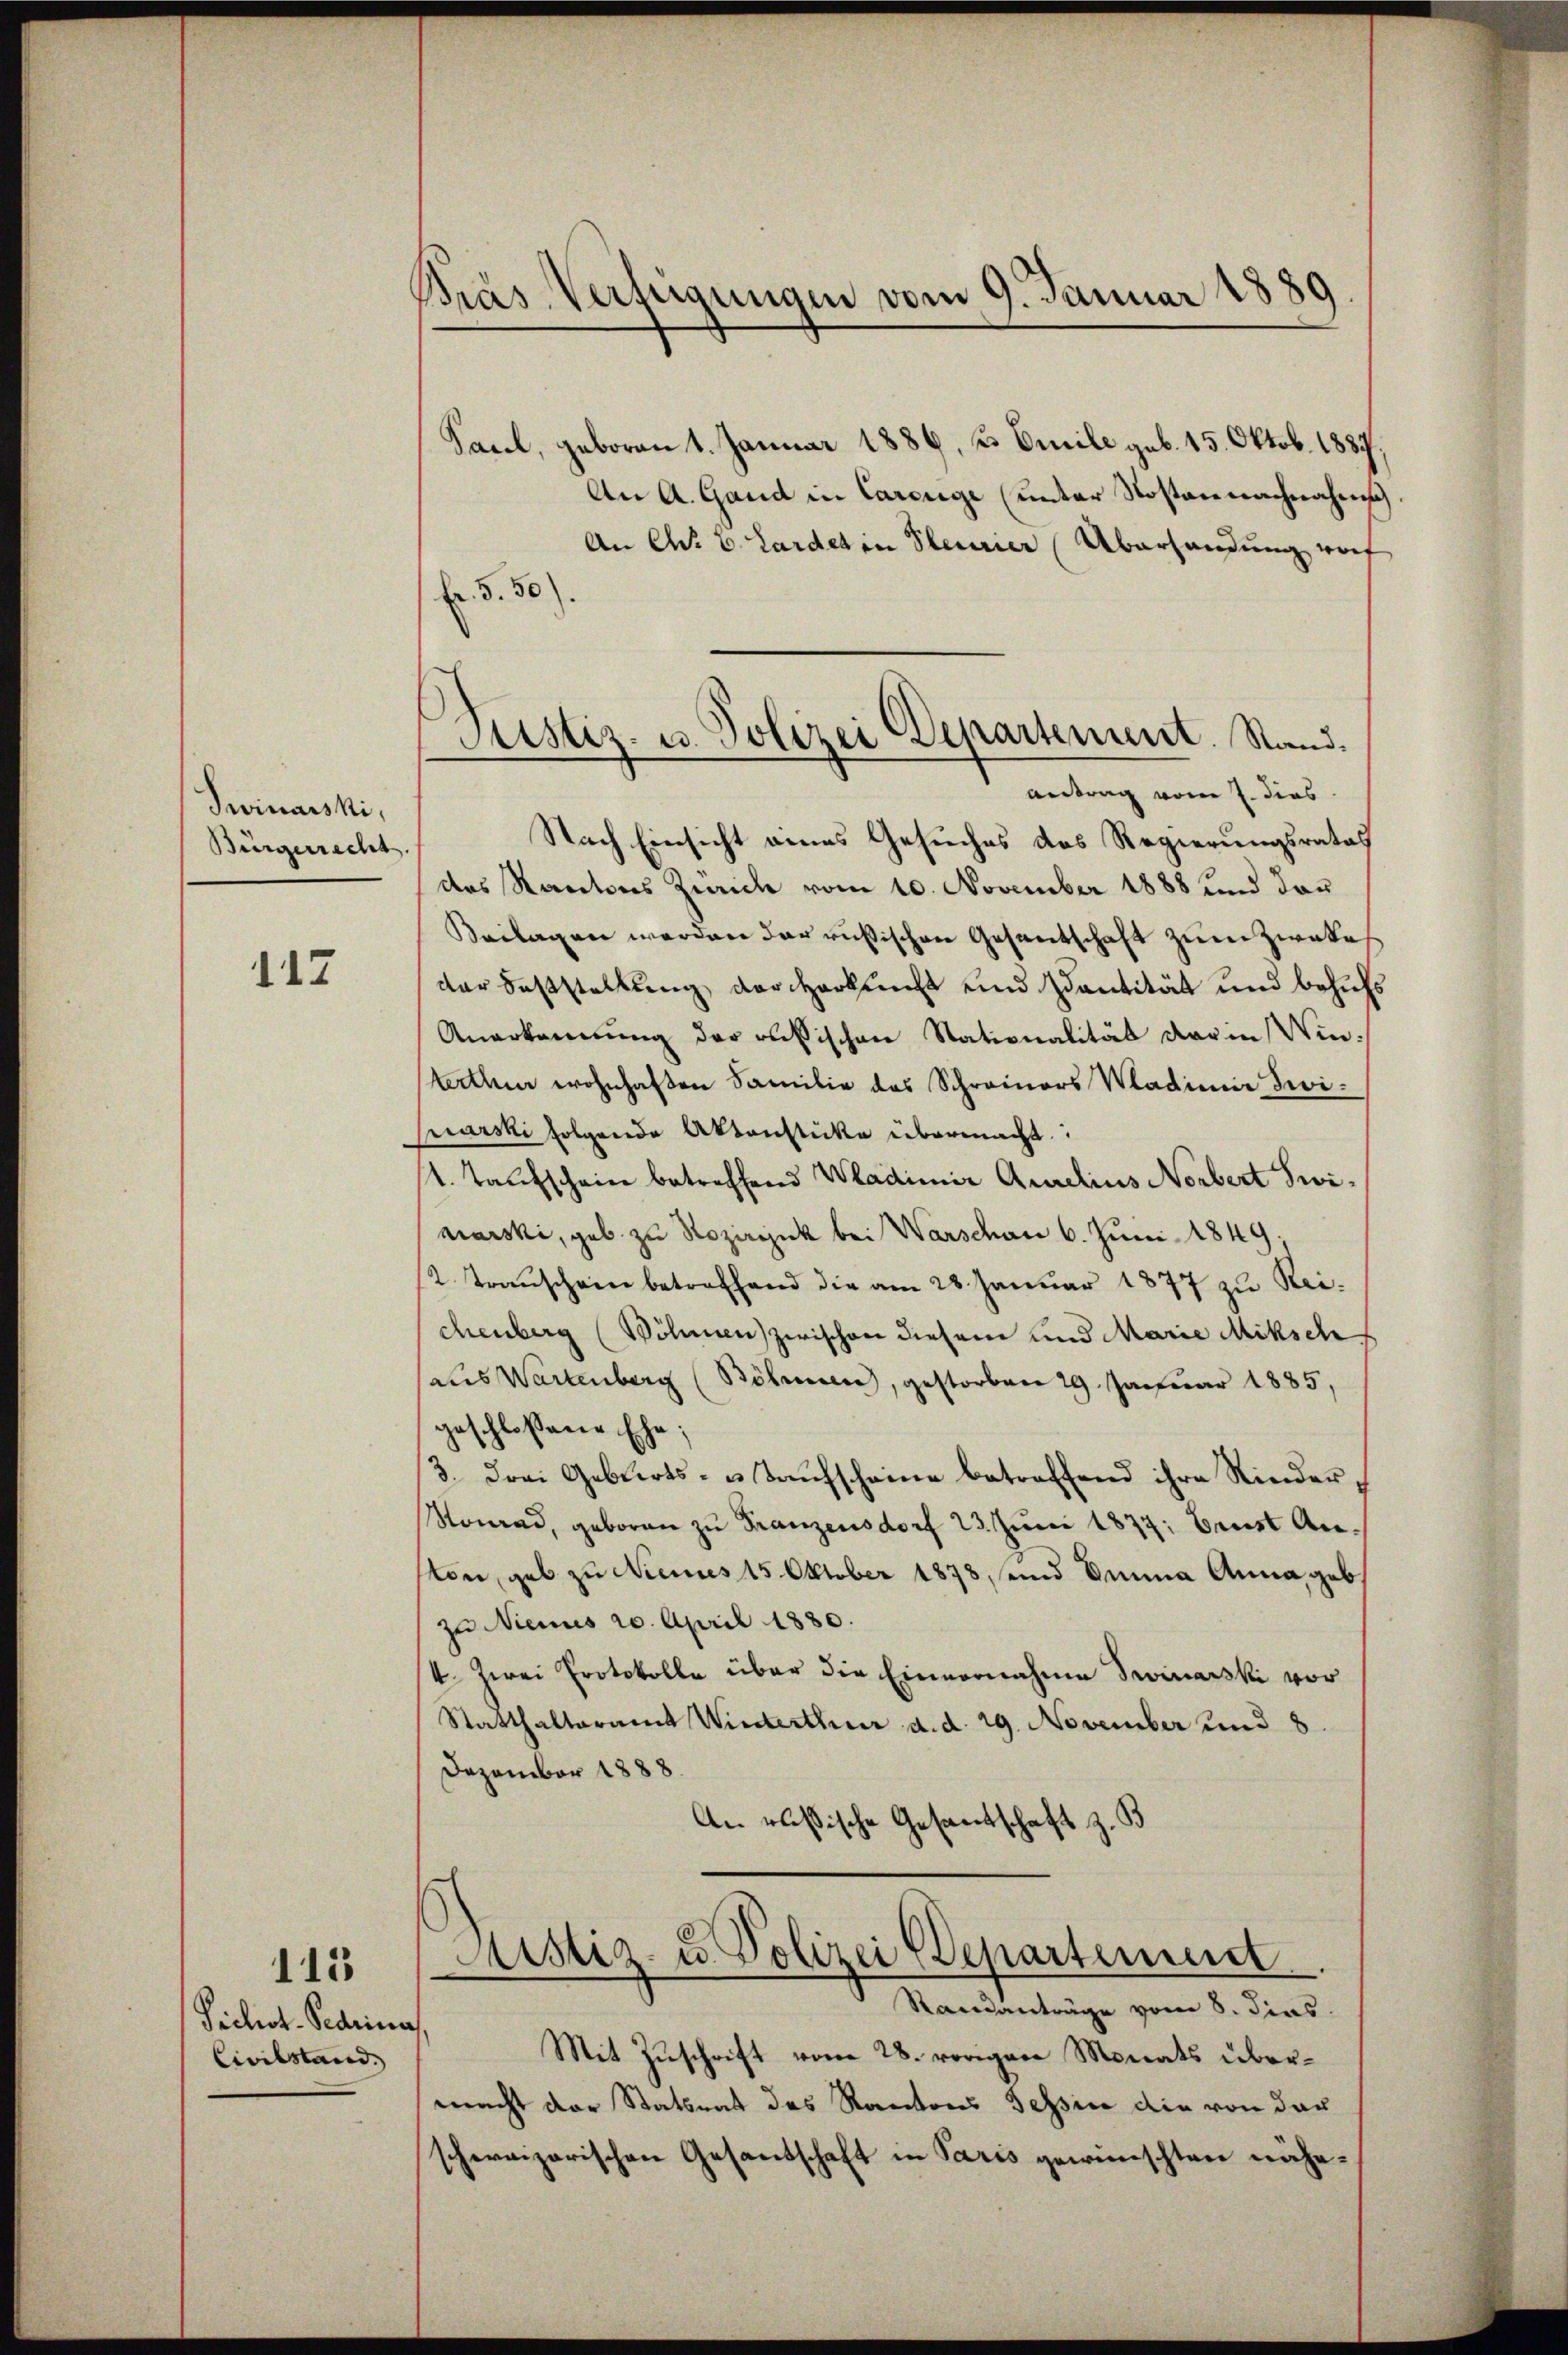
Swinarski,
Bürgerrecht.

112

113

Pichot-Pedring
Civilstand,

Bras Verfeigungen vom 9. Januar 1889.

Pustiz- u. Polizei Departement. Stand.
antrag vom 7. dies

Paul, geboren 1. Januar 1886, u. Emile geb. 15. Oktob. 1887,
An A. Gand in Careuge (unter Rostannachnahms
An Ch. 6. Lardet in Steurer Überhandung worf
Er 5. 50)
Nach Einsicht eines Gesuches des Regierungsrates
das Kantons Zürich vom 10. November 1888 und dan
Beilagen werden der russischen Gesentschaft zum Zweke
der Feststellung der Herbsucht und Quantität und behufs
Anerkennung der oußischen Nationalität darin Winterthen wohnhaften Familie des Schreiners Wladimir zwinarski folgende Aktenstücke übermacht:
1. Taufscheine betreffend Wladimir Aurelins Norbert Swimarski, geb zu Rozirink bei Warschon 6. Juni 1849;
2. Transchein betreffend die am 28. Januar 1877 zu Reichenberg (Wöhnen zwischen diesem und Marie Miksch
saus Wartenberg (Böhmen, gestorben 29. Januar 1885,
geschloßene Ehe;
3. Frei Geburts- u. Taufscheine betreffend ihre Kinder,
Konrad, geboren zŭ Franzensdorf 23. Juni 1877: Ernst Anton, gab zu Neues 15. Oktober 1878, und Duma Anna geb
zu Menues 20. April 1880.
4. Zwei Protokolle über die Einvernahme Sevinarski vor
Statthalteramt Winterthur d. d. 29. November und 8.
Dezember 1888
An russische Gesandtschaft z. B

Astiz- u. Polizei (Departement
Randanträge vom 8. dies

Mit Zuschrift vom 28. vorigen Monats übermacht der Statsrat des Kantons Tessine die von der
schweizerischen Gesandschaft in Paris gewünschten nähe¬